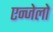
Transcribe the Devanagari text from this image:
एन्जेलो